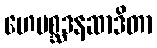
ဟေမစ္ဆဒနဆာဒိတာ